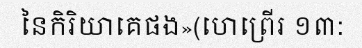
នៃកិរិយាគេផង»(ហេព្រើរ ១៣: